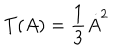
T ( A ) = { \frac { 1 } { 3 } } \dot { A } ^ { 2 }